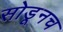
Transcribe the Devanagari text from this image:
सोडूनच